Report on vaccination in Madras 1904-1921 - 1904-1921
Year: 1904
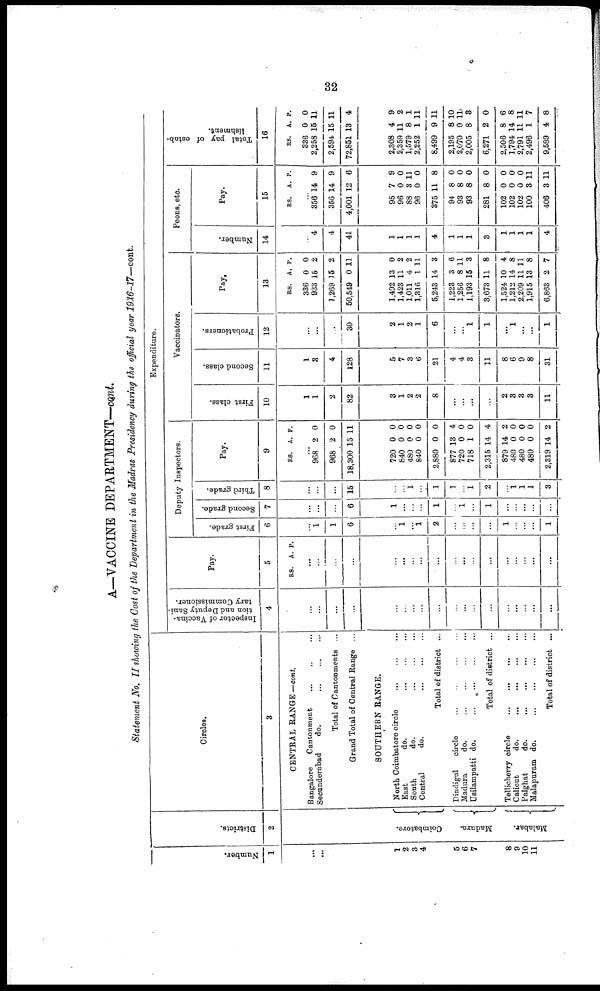
32
A—VACCINE DEPARTMENT—cont.
Statement No. II showing the Cost of the Department in the Madras Presidency during the official year 1916-17—cont.
Number.
1
...
...
1
2
3
4
5
6
7
8
9
10
11
Districts.
2
Coimbatore.
Madura.
Malabar.
Circles.
3
CENTRAL RANGE —cont.
Bangalore
Cantonment ... ... ...
Secunderabad
do. ... ... ...
Total of Cantonments ...
Grand Total of Central Range ...
SOUTHERN RANGE.
North Coimbatore circle
...
...
...
East
do.
...
...
...
South
do.
...
...
...
Central
do.
...
...
...
Total of district ...
Dindigul
circle ... ... ...
Madura
do.
...
...
...
...
Usilampatti do.
...
...
...
...
Total of district ...
Tellicherry circle
...
...
...
...
Calicut
do.
...
...
...
...
Palghat
do.
...
...
...
...
Malapuram do.
...
...
...
...
Total of district ...
Expenditure.
Inspector of Vaccina-
tion and Deputy Sani-
tary Commissioner.
4
...
...
...
...
...
...
...
...
...
...
...
...
...
...
...
...
...
...
Pay.
5
RS. A. P.
...
...
...
...
...
...
...
...
...
...
...
...
...
...
...
...
...
...
Deputy Inspectors.
First grade.
6
...
1
1
6
...
1
... 1
2
...
...
...
...
1
...
...
...
1
Second grade.
7
...
...
...
6
1
...
...
...
1
...
1
...
1
...
...
...
...
...
Third grade.
8
...
...
...
15
...
...
1
...
1
1
...
1
2
...
1 1
1
3
Pay.
9
RS. A. P.
...
968
968
18,300
2
2
15
0
0
11
720
840
480
840
2,880
877
720
718
2,315
879
480
480
480
2,319
0
0
0
0
0
13
0
1
14
14
0
0
0
14
0
0
0
0
0
4
0
0
4
2
0
0
0
2
Vaccinators.
First class.
10
1
1
2
82
3
1
2
2
8
...
...
...
...
2
8
3
3
11
Second class.
11
1
8
4
128
5
7
3
6
21
4
4
3
11
8
6
9
8
31
Probationers.
12
...
...
...
30
2
1
2
1
6
...
...
1
1
...
1
...
...
1
Pay.
13
RS.
336
933
1,269
50,549
A.
0
15
15
0
P.
0
2
2
11
1,492
1,423
1,011
1,316
5,243
1,223
1,256
1,193
3,673
1,524
1,212
2,209
1,915
6,863
13
11
4
1
14
3
8
15
11
10
14
11
13
2
0
2
2
11
3
6
11
3
8
4
8
11
8
7
Peons, etc.
Number.
14
...
4
4
41
1
1
1
1
4
1
1
1
3
1
1
1
1
4
Pay.
15
RS. A. P.
...
356
356
4,001
14
14
12
9
9
6
95
96
88
96
375
94
93
93
281
102
102
102
100
406
7
0
3
0
11
8
8
8
8
0
0
0
3
3
9
0
11
0
8
0
0
0
0
0
0
0
11
11
Total pay of estab-
lishment.
16
RS.
336
2,258
2,594
72,851
A.
0
15
15
13
P.
0
11
11
4
2,308
2,359
1,579
2,252
8,499
2,195
2,070
2,005
6,271
2,506
1,794
2,791
2,496
9,589
4
11
8
1
9
8
0
8
2
8
14
11
1
4
9
2
1
11
11
10
11
3
0
6
8
11
7
8